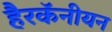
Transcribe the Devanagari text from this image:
हैरकॅनीयन